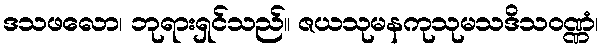
ဒသဖလော၊ ဘုရားရှင်သည်။ ဇယသုမနကုသုမသဒိသဝဏ္ဏံ၊